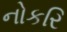
નોકરિ